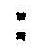
: